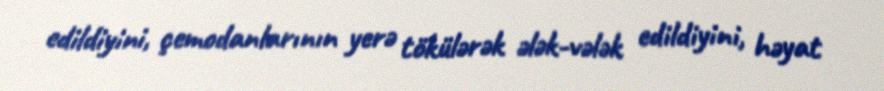
edildiyini, çemodanlarının yerə tökülərək ələk-vələk edildiyini, həyat